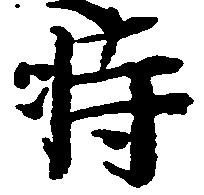
時